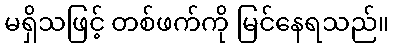
မရှိသဖြင့် တစ်ဖက်ကို မြင်နေရသည်။